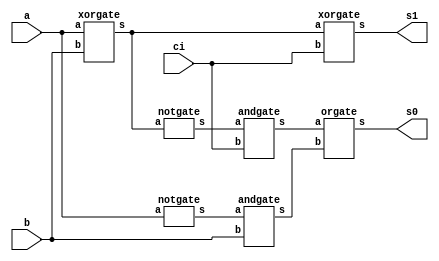
// -------------------------
// Exemplo0022  FULL SUBTRACT
// Nome: Andr Henriques Fernandes
// ------------------------- 
 
// ------------------------- 
//  full Subtract
// ------------------------- 
module fullSubtract (output s1, output s0,
                               input a,  
                               input b,  
                               input ci);
   wire x,y,z,w1,w2;
   xorgate XOR1(x,a,b);
   notgate NOT1(w1,a);
   andgate AND1(y,w1,b);
   xorgate XOR2(s1,x,ci);
   notgate NOT2(w2,x);
   andgate AND2(z,w2,ci);
   orgate OR2(s0,z,y);



endmodule // fullSubtract

//module fullSubtract4 (output [3:0] s,
module fullSubtract4 (output [4:0] s,
                               input [3:0] a,
                               input [3:0] b);
   wire v1,v2,v3,v0,x;
   halfSubtract HS1(s[0],v0,a[0],b[0]);
   fullSubtract FS1(s[1],v1,a[1],b[1],v0);
   fullSubtract FS2(s[2],v2,a[2],b[2],v1);
   fullSubtract FS3(s[3],v3,a[3],b[3],v2);
   xorgate XOR1(x,s[3],v3);
//   conc C1(s[3],x);
   conc C1(s[4],x);

endmodule // fullSubtract4

module conc (output s, input a);

  assign s = a;

endmodule

module halfSubtract (output s0, output s1,
                               input a,
                               input b);
  wire x;
//  xorgate XOR1(s1,a,b);
  xorgate XOR1(s0,a,b);
  notgate NOT1(x,a);
//  andgate AND1(s0,x,b);
  andgate AND1(s1,x,b);

endmodule

module andgate (output s,
                               input a,
                               input b);
  assign s = a & b;
endmodule

module notgate (output s,
                               input a);
  assign s = ~a;
endmodule

module xorgate (output s,
                               input a,
                               input b);
  assign s = a ^ b;
endmodule
module orgate (output s,
                               input a,
                               input b);
  assign s = a | b;
endmodule

module test_fullSubtract;
// ------------------------- definir dados
      reg [3:0] x;
      reg [3:0] y;
//      wire [3:0] sub;
      wire [4:0] sub;

      fullSubtract4 FA41(sub,x,y);


// ------------------------- parte principal
 initial begin
      $display("Exemplo0022 - Andr Henriques Fernandes - 427386");
      $display("Test ALUs full adder");

      #1 x=4'b0000; y=4'b0000;  // EXPERIMENTAR INSERIR ISSO

      $monitor("%4b %4b = %4b",x,y,sub);

      #1 x=4'b0110; y=4'b0100;

      #1 x=4'b0111; y=4'b0111;

      #1 x=4'b0101; y=4'b0111;

      #1 x=4'b0011; y=4'b0100;

      #1 x=4'b0100; y=4'b0010;
      
      // O bit do sinal est saindo com indefinido, nao entendi isso.
 
 end 
 
endmodule // test_fullAdder